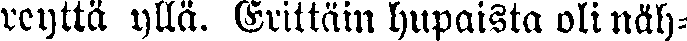
reyttä yllä. Erittäin hupaista oli näh-